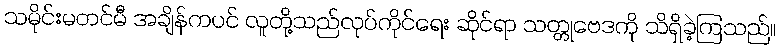
သမိုင်းမတင်မီ အချိန်ကပင် လူတို့သည်လုပ်ကိုင်ရေး ဆိုင်ရာ သတ္တုဗေဒကို သိရှိခဲ့ကြသည်။